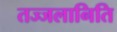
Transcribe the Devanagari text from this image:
तज्जलानिति